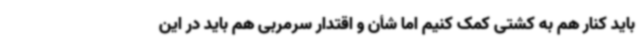
باید کنار هم به کشتی کمک کنیم اما شأن و اقتدار سرمربی هم باید در این